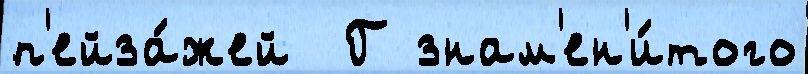
п'ейза́жей  Г знам'ен'и́того